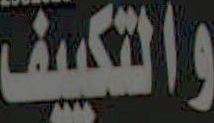
والتكييف